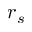
r _ { s }